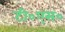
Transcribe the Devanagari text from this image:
टी०एस०